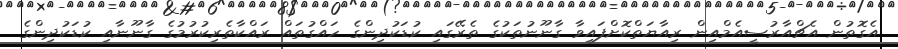
އެގޮތުން އެޗްއާރުސީއެމްއިން ރިއާޔަތްކޮށްފައިވާ ގާނޫނުތަކުގެ ތެރޭގައި ކުޑަކުދިންގެ ހައްގުތައް ރައްކާތެރިކުރުމުގެ ގާނޫނާއި ކުޑަކުދިންގެ